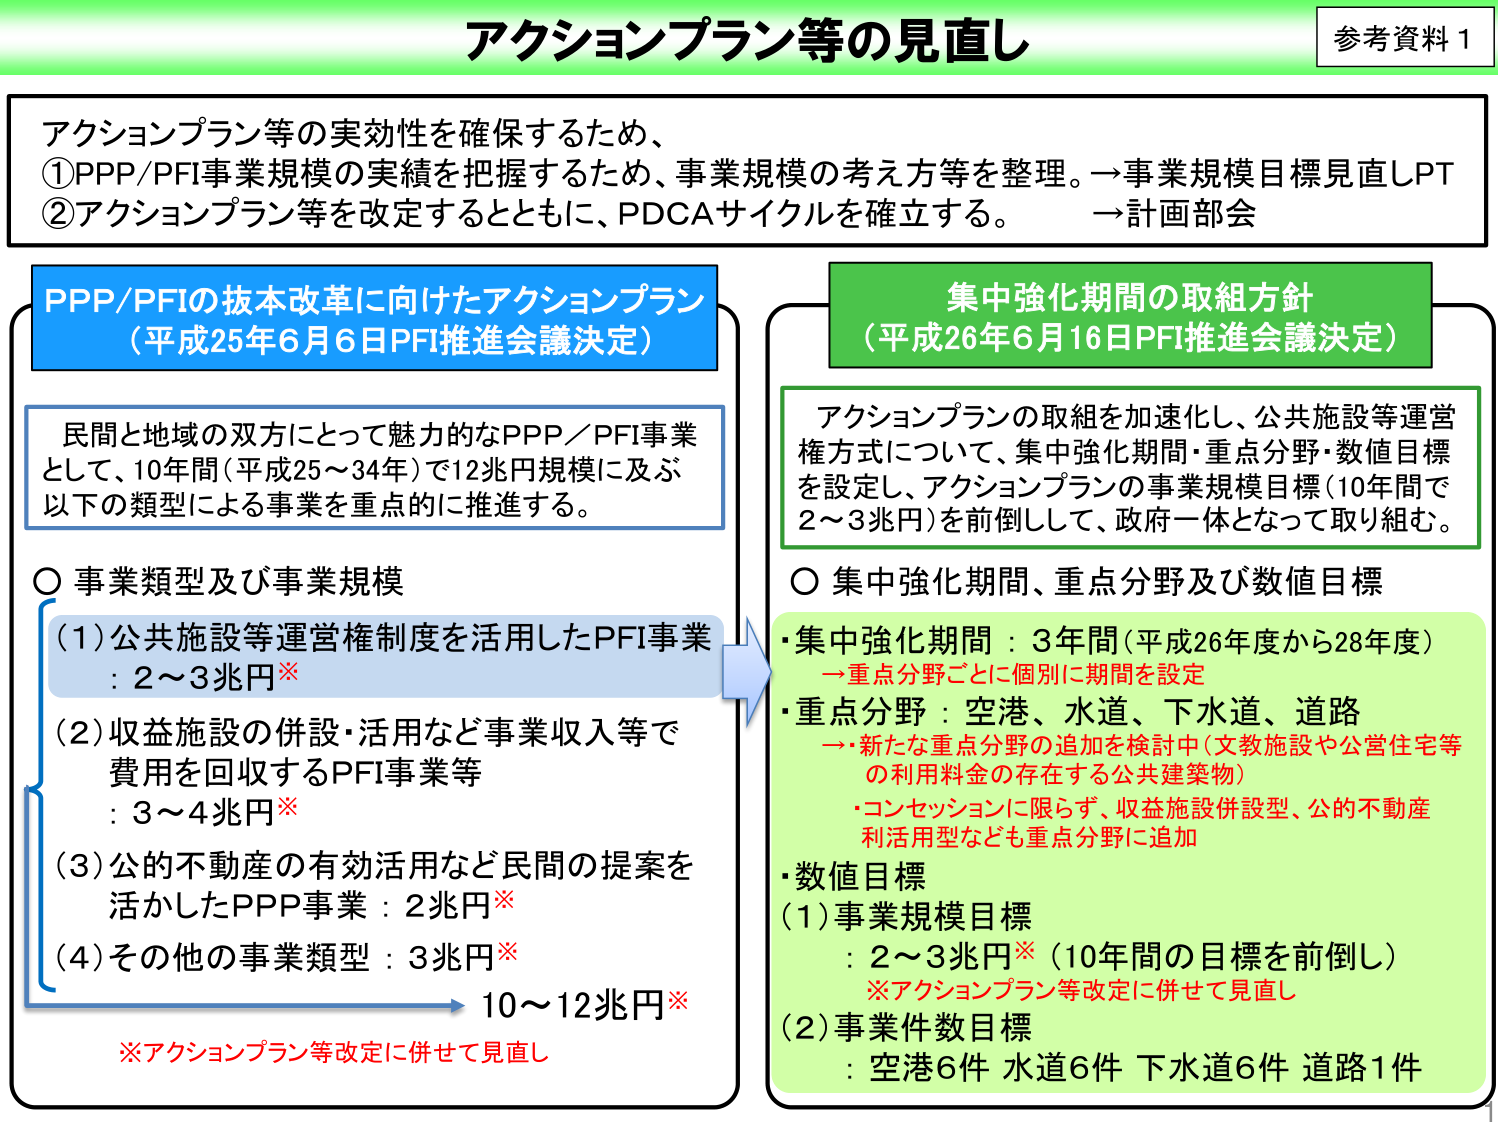
アクションプラン等の見直し

参考資料1

アクションプラン等の実効性を確保するため、
①PPP/PFI事業規模の実績を把握するため、事業規模の考え方等を整理。→事業規模目標見直しPT
②アクションプラン等を改定するとともに、PDCAサイクルを確立する。　→計画部会

PPP/PFIの抜本改革に向けたアクションプラン
（平成25年6月6日PFI推進会議決定）

民間と地域の双方にとって魅力的なPPP／PFI事業
として、10年間（平成25～34年）で12兆円規模に及ぶ
以下の類型による事業を重点的に推進する。

〇 事業類型及び事業規模
（1）公共施設等運営権制度を活用したPFI事業
：2～3兆円※
（2）収益施設の併設・活用など事業収入等で
費用を回収するPFI事業等
：3～4兆円※
（3）公的不動産の有効活用など民間の提案を
活かしたPPP事業：2兆円※
（4）その他の事業類型：3兆円※
→10～12兆円※

※アクションプラン等改定に併せて見直し

集中強化期間の取組方針
（平成26年6月16日PFI推進会議決定）

アクションプランの取組を加速化し、公共施設等運営
権方式について、集中強化期間・重点分野・数値目標
を設定し、アクションプランの事業規模目標（10年間で
2～3兆円）を前倒しして、政府一体となって取り組む。

〇 集中強化期間、重点分野及び数値目標
・集中強化期間：3年間（平成26年度から28年度）
　→重点分野ごとに個別に期間を設定
・重点分野：空港、水道、下水道、道路
　→・新たな重点分野の追加を検討中（文教施設や公営住宅等
　　の利用料金の存在する公共建築物）
　　・コンセッションに限らず、収益施設併設型、公的不動産
　　利活用型なども重点分野に追加
・数値目標
（1）事業規模目標
　：2～3兆円※（10年間の目標を前倒し）
　※アクションプラン等改定に併せて見直し
（2）事業件数目標
　：空港6件 水道6件 下水道6件 道路1件